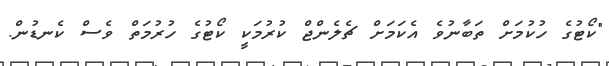
"ކޯޓުގެ ހުކުމަށް ތަބާނުވެ އެކަމަށް ޗެލެންޖް ކުރުމަކީ ކޯޓުގެ ހުރުމަތް ވެސް ކެނޑުން.